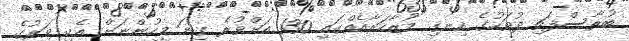
ބުރާސްފަތި ދުވަހުގެ ހިނގި މުޒާހަރާއެއްގައި 130 އަށްވުރެ ގިނަ މީހުންނަށް އެކި ވަރުގެ